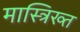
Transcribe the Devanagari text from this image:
मास्त्रिख्त